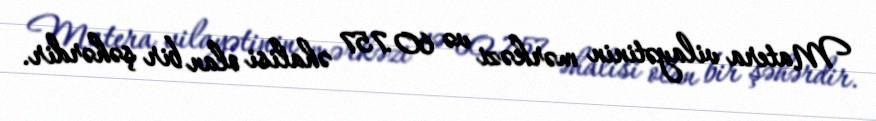
Matera vilayətinin mərkəzi və 60.757 əhalisi olan bir şəhərdir.